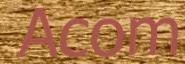
Acom